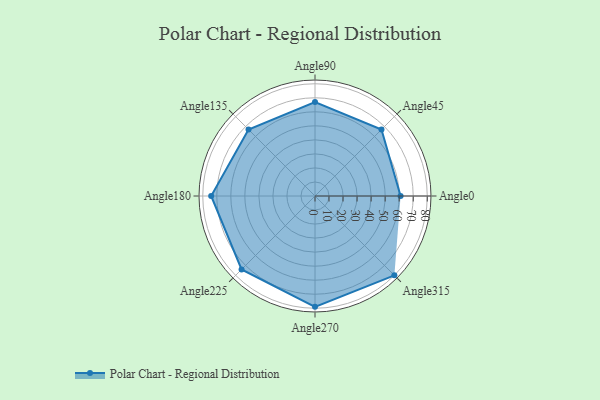
{"axis": {"x": "Angle", "y": "Radius"}, "legend": [""], "data": [{"x": "Angle0", "y": 61.0, "type": ""}, {"x": "Angle45", "y": 67.0, "type": ""}, {"x": "Angle90", "y": 67.0, "type": ""}, {"x": "Angle135", "y": 67.0, "type": ""}, {"x": "Angle180", "y": 74.0, "type": ""}, {"x": "Angle225", "y": 74.0, "type": ""}, {"x": "Angle270", "y": 79.0, "type": ""}, {"x": "Angle315", "y": 80.0, "type": ""}]}